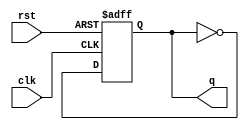
module tff(q, clk, rst);
  output reg q;
  input clk, rst;
  always @(posedge rst or posedge clk)
    begin
      if (rst)
        begin
          q <= 1'b0;
        end
      else
        begin
          q <= ~q;
        end
    end
endmodule